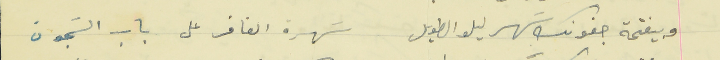
وبيفتحة جفونك سَهر ليلو الطويل                                     سَهرة الغافر على باب السَجون